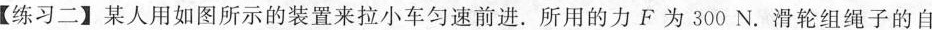
【练习二】某人用如图所示的装置来拉小车匀速前进。所用的力F为300N。滑轮组绳子的自